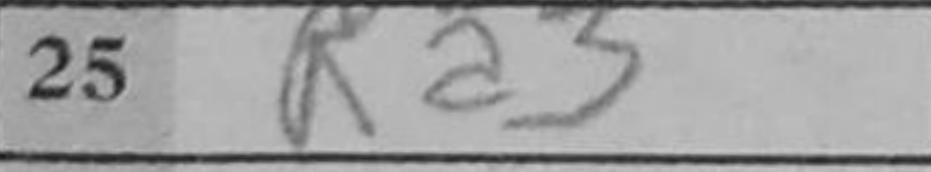
Transcription: Ra3